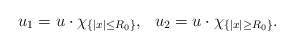
\begin{align*} \begin{aligned} u_1=u\cdot \chi_{\{|x|\leq R_0\}}, ~~u_2=u\cdot \chi_{\{|x|\geq R_0\}}. \end{aligned} \end{align*}